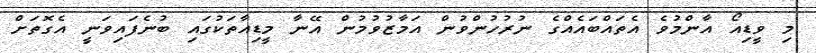
މި ވީޑިއޯ އާންމުވެ އެތައްބައެއްގެ ނުރުހުންވުން އަމާޒުވުމުން އޭނާ މީޑިއާތަކުގައި ބުނެފައިވަނީ އެގޮތަށް